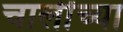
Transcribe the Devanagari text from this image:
चालींच्या